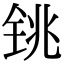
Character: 铫